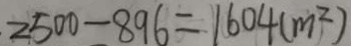
2 5 0 0 - 8 9 6 = 1 6 0 4 ( m ^ { 2 } )